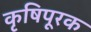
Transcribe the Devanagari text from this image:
कृषिपूरक